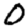
Digit: 0